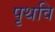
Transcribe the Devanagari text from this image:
पृथवि